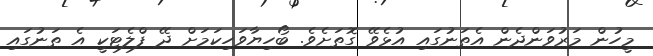
މީހުން މަރުވަންދެން އެތަނުގައި އުޅެވޭ ގޮތަށެވެ. ބޯހިޔާވަހިކަމަށް ދޭ ފްލެޓަކީ އެ ތަނުގައި